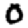
Digit: 0